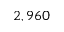
2 , 9 6 0